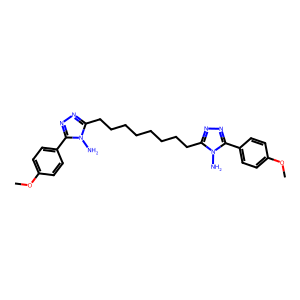
SMILES: COc1ccc(-c2nnc(CCCCCCCCc3nnc(-c4ccc(OC)cc4)n3N)n2N)cc1
Inhibits HIV replication: No